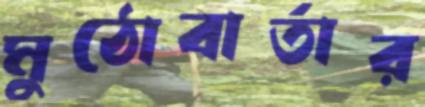
মুঠোবার্তার